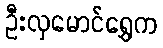
ဦးလှမောင်ရွှေက